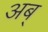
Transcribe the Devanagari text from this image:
अब्